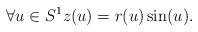
LaTeX: \begin{align*}\forall u\in S^1z(u)=r(u)\sin(u).\end{align*}